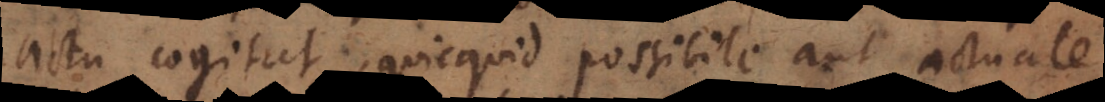
actu cogitat, quicquid possibile aut actuale